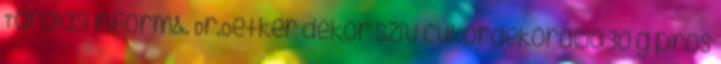
Tárolási inform&. Dr.Oetker dekor szív cukordekoráció 30 g piros